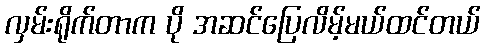
လှမ်းရိုက်တာက ပို အဆင်ပြေလိမ့်မယ်ထင်တယ်